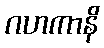
ဂဟကာနိ